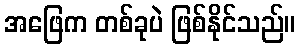
အဖြေက တစ်ခုပဲ ဖြစ်နိုင်သည်။